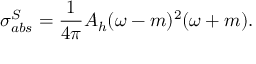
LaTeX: \sigma _ { a b s } ^ { S } = \frac { 1 } { 4 \pi } A _ { h } ( \omega - m ) ^ { 2 } ( \omega + m ) .